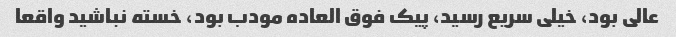
عالی بود، خیلی سریع رسید، پیک فوق العاده مودب بود، خسته نباشید واقعا